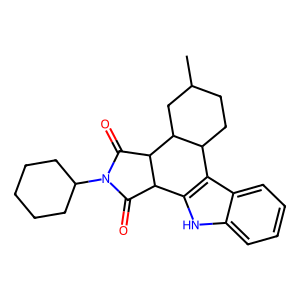
SMILES: CC1CCC2c3c([nH]c4ccccc34)C3C(=O)N(C4CCCCC4)C(=O)C3C2C1
Inhibits HIV replication: No